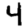
Digit: 4